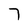
Character: 7